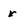
Character: r